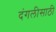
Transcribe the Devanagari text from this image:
दंगलीसाठी